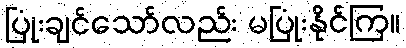
ပြုံးချင်သော်လည်း မပြုံးနိုင်ကြ။